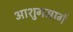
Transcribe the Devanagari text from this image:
आशुगमार्ग